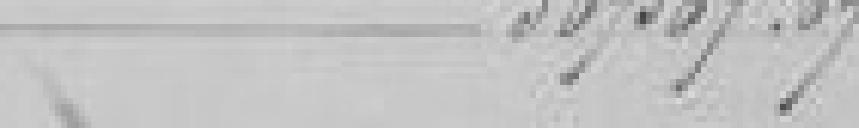
567.367,07